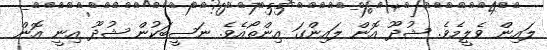
ލައިން ވެލީމެވެ. ޝުދޫ އޮން ލައިންގަ އިންތޯއެވެ. ނަޞީބަކުން ޝުދޫ އިނީ އޮން